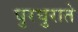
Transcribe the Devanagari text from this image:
घुरघुराते